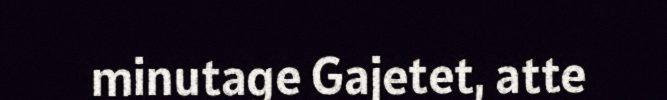
minutage Gajetet, atte